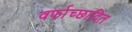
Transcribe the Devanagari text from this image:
वर्फाच्‍छादित